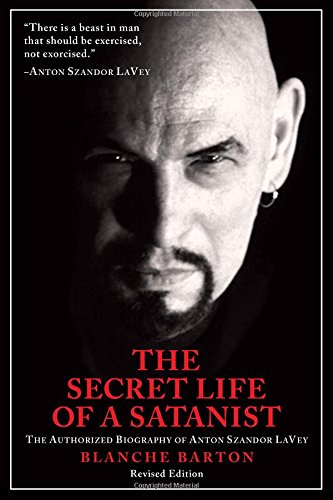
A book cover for The Secret Life of a Satanist: The Authorized Biography of Anton Szandor LaVey; Blanche Barton; Religion & Spirituality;